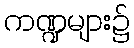
ကဏ္ဍများ၌